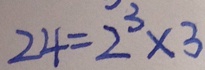
2 4 = 2 ^ { 3 } \times 3